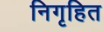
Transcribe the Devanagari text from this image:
निगृहित